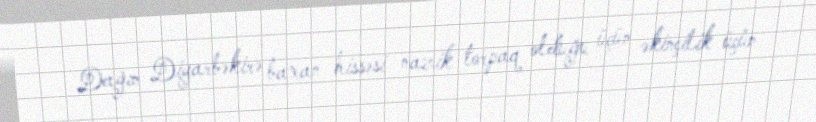
Dağın Diyarbəkirə baxan hissəsi nazik torpaq olduğu üçün əkinçilik üçün